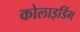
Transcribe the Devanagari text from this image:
कोलाइडिंग